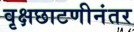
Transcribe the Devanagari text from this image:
वृक्षछाटणीनंतर